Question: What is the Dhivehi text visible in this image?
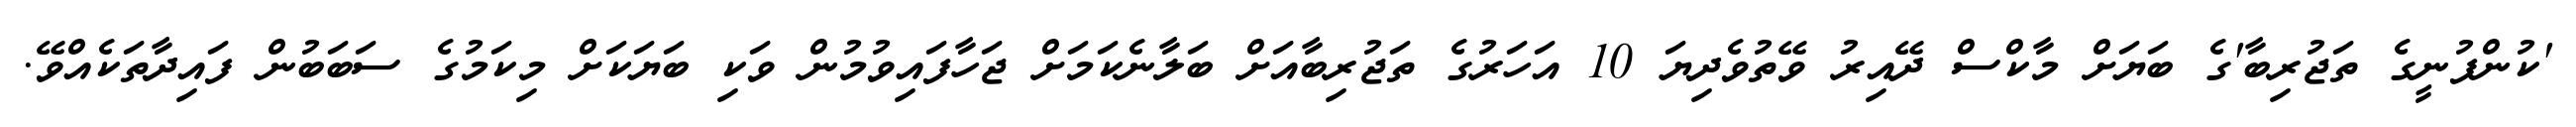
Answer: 'ކުންފުނީގެ ތަޖުރިބާ'ގެ ބަޔަށް މާކްސް ދޭއިރު ވޭތުވެދިޔަ 10 އަހަރުގެ ތަޖުރިބާއަށް ބަލާނެކަމަށް ޖަހާފައިވުމުން ވަކި ބަޔަކަށް މިކަމުގެ ސަބަބުން ފައިދާތަކެއްވޭ.